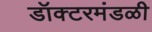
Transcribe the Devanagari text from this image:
डॉक्टरमंडळी